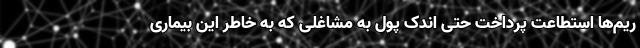
ریم‌ها استطاعت پرداخت حتی اندک پول به مشاغلی که به خاطر این بیماری